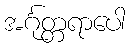
အင်္ဂုတ္တရာပေါ